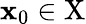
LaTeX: \mathbf{x}_{0}\in\mathrm{{X}}